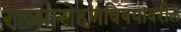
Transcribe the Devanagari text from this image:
राज्यारोहणविषयावरील